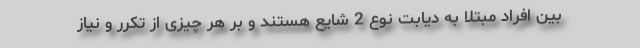
بین افراد مبتلا به دیابت نوع 2 شایع هستند و بر هر چیزی از تکرر و نیاز